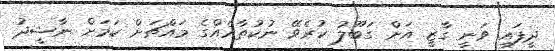
ދީފައި ވަނީ ގާޒީ އަށް ގަބޫލު ކުރެވޭ ނުކުތާއެއްގެ މައްޗަށް ކަމަށް ނާޝީދު